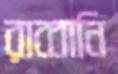
রাব্বানি